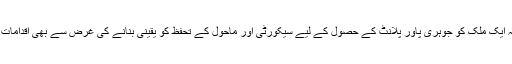
ان کا کہنا تھا کہ ایک ملک کو جوہری پاور پلانٹ کے حصول کے لیے سیکورٹی اور ماحول کے تحفظ کو یقینی بنانے کی غرض سے بھی اقدامات کرنا ہوتے ہیں۔